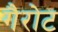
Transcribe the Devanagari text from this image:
गैरोट